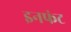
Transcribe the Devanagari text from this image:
इनफंट